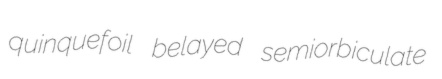
quinquefoil belayed semiorbiculate